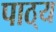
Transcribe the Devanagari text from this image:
पाठ्‌य